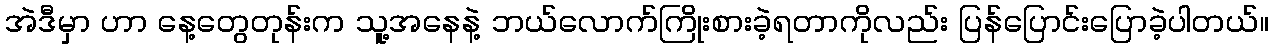
အဲဒီမှာ ဟာ နေ့တွေတုန်းက သူ့အနေနဲ့ ဘယ်လောက်ကြိုးစားခဲ့ရတာကိုလည်း ပြန်ပြောင်းပြောခဲ့ပါတယ်။